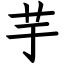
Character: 芋